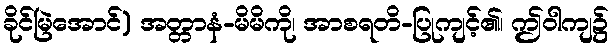
ခိုင်မြဲအောင်) အတ္တာနံ-မိမိကို၊ အာစရတိ-ပြုကျင့်၏၊ ဤဝါကျ၌